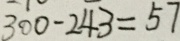
3 0 0 - 2 4 3 = 5 7